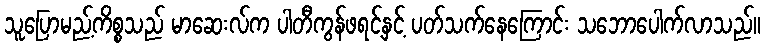
သူပြောမည့်ကိစ္စသည် မာဆေးလ်က ပါတီကွန်ဖရင့်နှင့် ပတ်သက်နေကြောင်း သဘောပေါက်လာသည်။